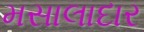
મસાલાદાર